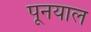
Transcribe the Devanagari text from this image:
पूनयाल